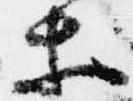
等